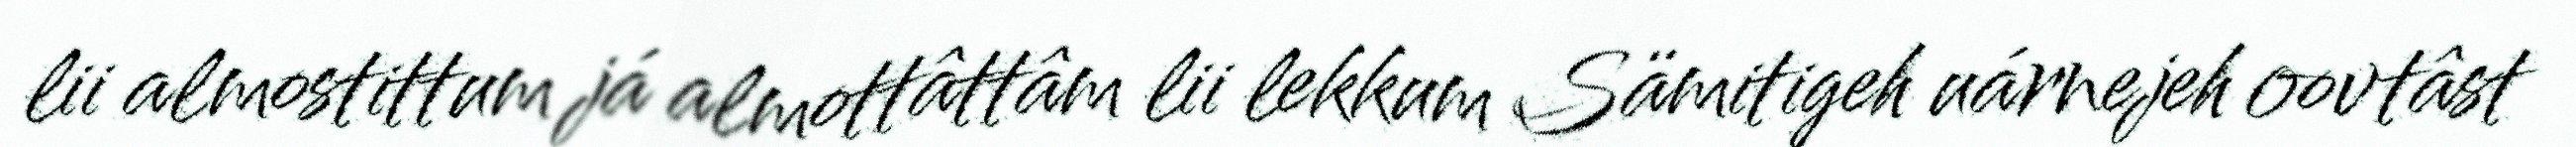
lii almostittum já almottâttâm lii lekkum Sämitigeh uárnejeh oovtâst